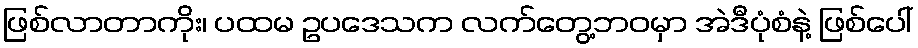
ဖြစ်လာတာကိုး၊ ပထမ ဥပဒေသက လက်တွေ့ဘဝမှာ အဲဒီပုံစံနဲ့ ဖြစ်ပေါ်